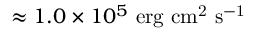
\approx 1 . 0 \times 1 0 ^ { 5 } \mathrm { \ e r g \ c m ^ { 2 } \ s ^ { - 1 } }